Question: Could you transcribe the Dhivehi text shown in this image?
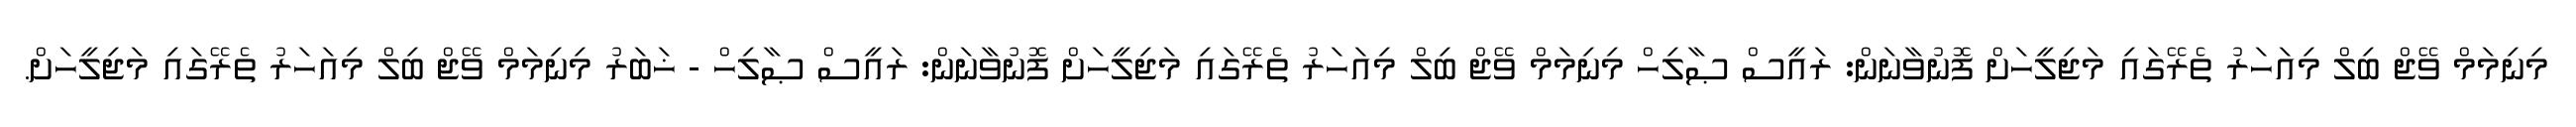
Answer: މިނިމަމް ވޭޖް ބިލް މިއަހަރު ތެރޭގައި މަޖިލީހަށް ފޮނުވާނަން: ރައީސް ޞާލިހް މިނިމަމް ވޭޖް ބިލް މިއަހަރު ތެރޭގައި މަޖިލީހަށް ފޮނުވާނަން: ރައީސް ޞާލިހް - ޚަބަރު މިނިމަމް ވޭޖް ބިލް މިއަހަރު ތެރޭގައި މަޖިލީހަށް.